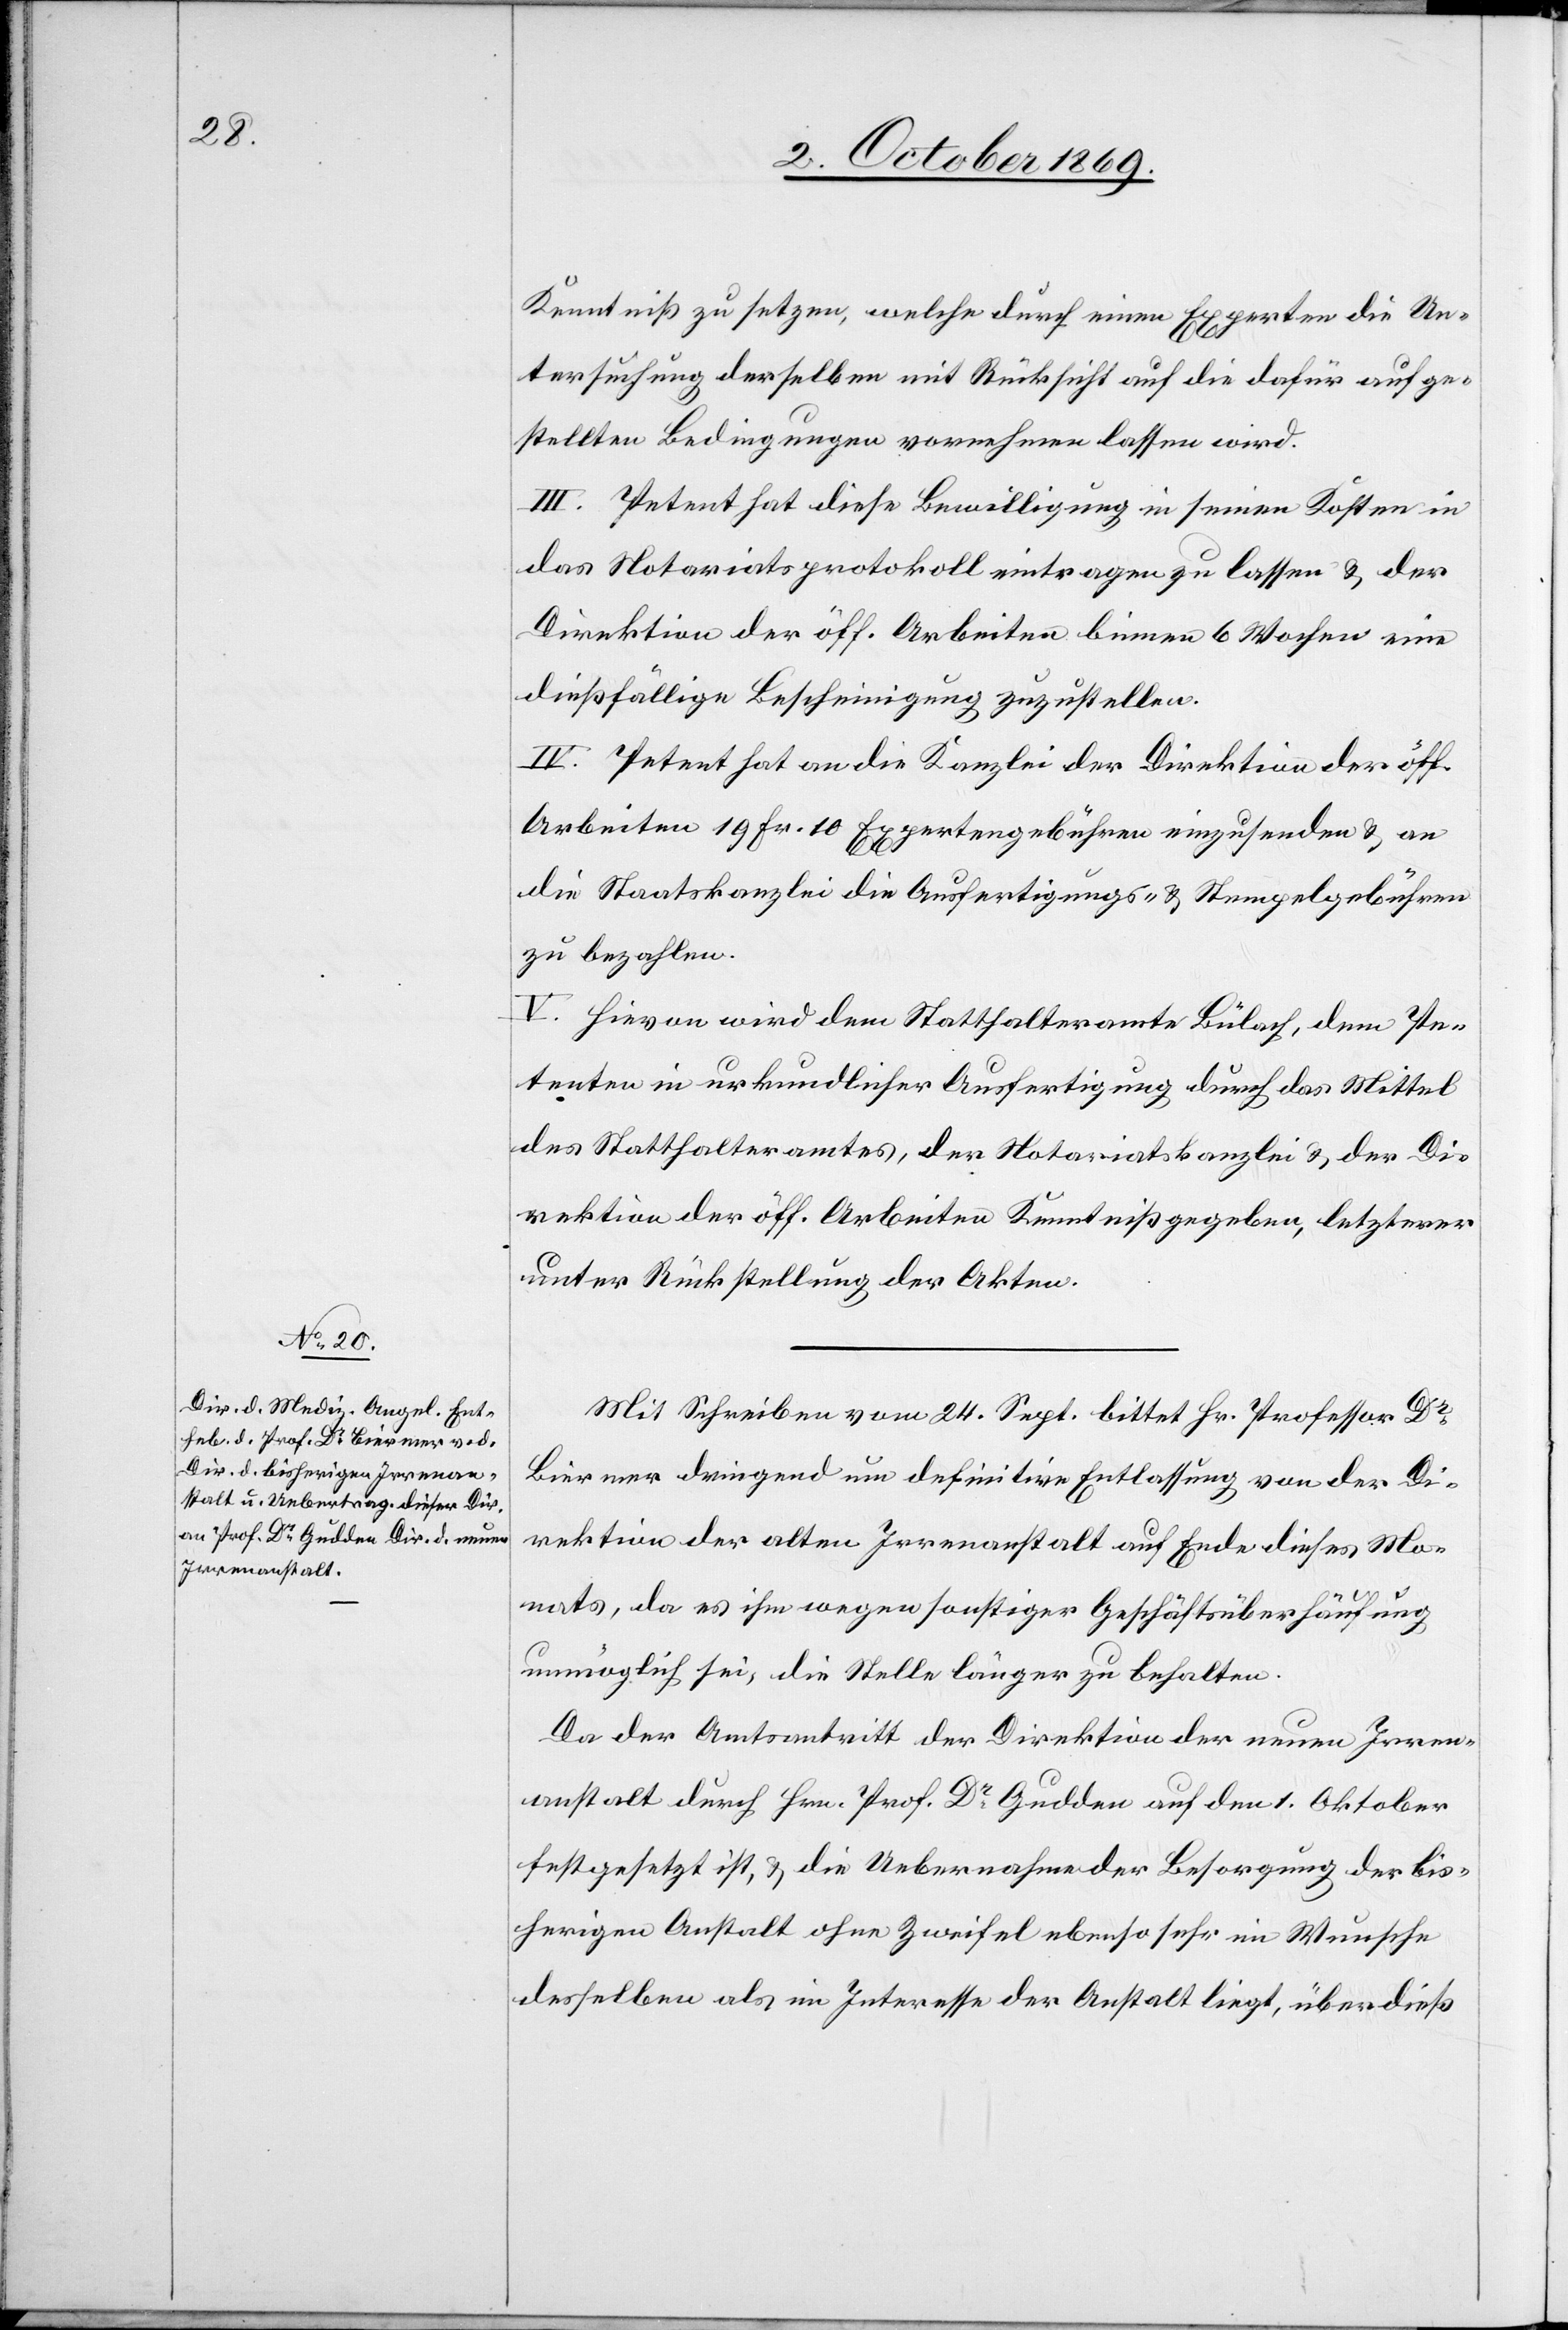
Kenntniß zu setzen, welche durch einen Experten die Un¬
tersuchung derselben mit Rücksicht auf die dafür aufge¬
stellten Bedingungen vornehmen lassen wird.
III. Petent hat diese Bewilligung in seinen Kosten in
das Notariatsprotokoll eintragen zu lassen & der
Direktion der öff. Arbeiten binnen 6 Wochen eine
dießfällige Bescheinigung zuzustellen.
IV. Petent hat an die Kanzlei der Direktion der öff.
Arbeiten 19 Fr. 10 Expertengebühren einzusenden & an
die Staatskanzlei die Ausfertigungs- & Stempelgebühren
zu bezahlen.
V. Hievon wird dem Statthalteramte Bülach, dem Pe¬
tenten in urkundlicher Ausfertigung durch das Mittel
des Statthalteramtes, der Notariatskanzlei & der Di¬
rektion der öff. Arbeiten Kenntniß gegeben, letzterer
unter Rückstellung der Akten.
Mit Schreiben vom 24. Sept. bittet Hr. Professor Dr
Biermer dringend um definitive Entlassung von der Di¬
rektion der alten Irrenanstalt auf Ende dieses Mo¬
nats, da es ihm wegen sonstiger Geschäftsüberhäufung
unmöglich sei, die Stelle länger zu behalten.
Da der Amtsantritt der Direktion der neuen Irren¬
anstalt durch Hrn. Prof. Dr Gudden auf den 1. Oktober
festgesetzt ist, & die Uebernahme der Besorgung der bis¬
herigen Anstalt ohne Zweifel ebenso sehr im Wunsche
desselben als im Interesse der Anstalt liegt, überdieß